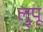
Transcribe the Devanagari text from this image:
लुपू